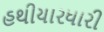
હથીયારધારી